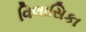
વિલાસિકા